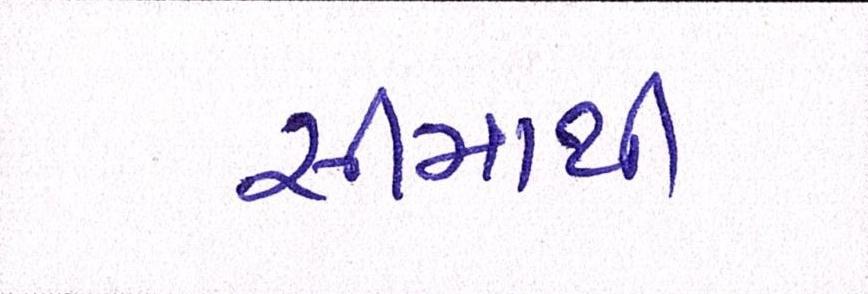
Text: સીમાથી